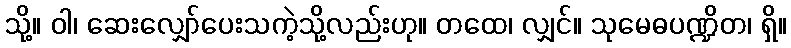
သို့။ ဝါ၊ ဆေးလျှော်ပေးသကဲ့သို့လည်းဟု။ တထေ၊ လျှင်။ သုမေဓပဏ္ဍိတ၊ ရှိ။